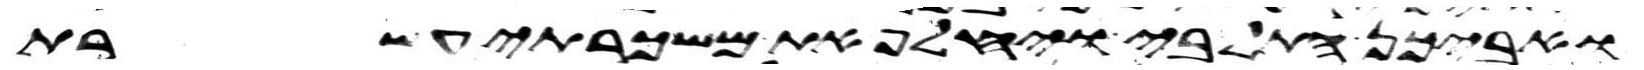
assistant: ואביכן התל בי ויחלף את משכרתי עשרת